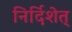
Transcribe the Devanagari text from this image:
निर्दिशेत्